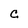
Character: C